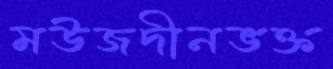
মউজদীনভক্ত